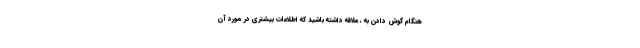
هنگام گوش دادن به ، علاقه داشته باشید که اطلاعات بیشتری در مورد آن